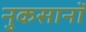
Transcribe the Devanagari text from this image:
नुकसानॉ